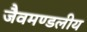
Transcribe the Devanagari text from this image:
जैवमण्डलीय